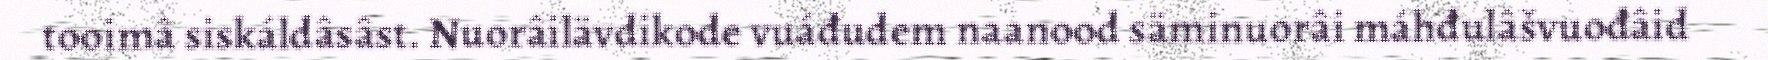
tooimâ siskáldâsâst. Nuorâilävdikode vuáđudem naanood säminuorâi máhđulâšvuođâid